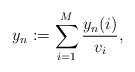
LaTeX: \begin{align*}y_n := \sum_{i=1}^{M} \frac{y_n(i)}{v_i},\end{align*}